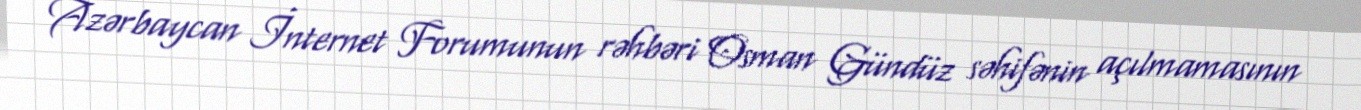
Azərbaycan İnternet Forumunun rəhbəri Osman Gündüz səhifənin açılmamasının